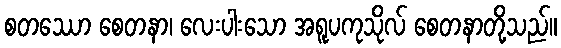
စတဿော စေတနာ၊ လေးပါးသော အရူပကုသိုလ် စေတနာတို့သည်။